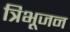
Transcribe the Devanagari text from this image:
त्रिभूजन